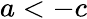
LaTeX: a<-c